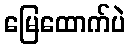
မြေထောက်ပဲ